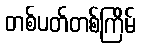
တစ်ပတ်တစ်ကြိမ်